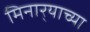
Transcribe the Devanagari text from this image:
मिनार्‍याच्या